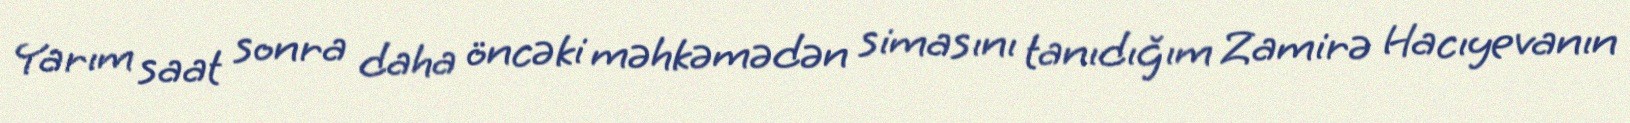
Yarım saat sonra daha öncəki məhkəmədən simasını tanıdığım Zamirə Hacıyevanın